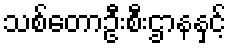
သစ်တောဦးစီးဌာနနှင့်